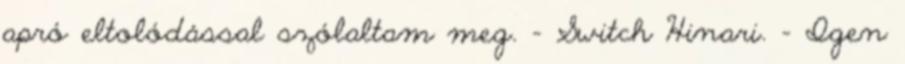
apró eltolódással szólaltam meg. - Switch Hinari. – Igen